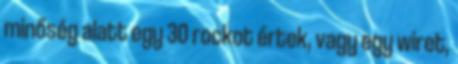
minőség alatt egy 30 rockot értek, vagy egy wiret,